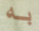
به